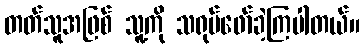
တတ်သူအဖြစ် သူ့ကို သရုပ်ဖော်ခဲ့ကြပါတယ်။